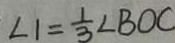
\angle 1 = \frac { 1 } { 3 } \angle B O C